Scottish Leaving Certificate Examination, 1952
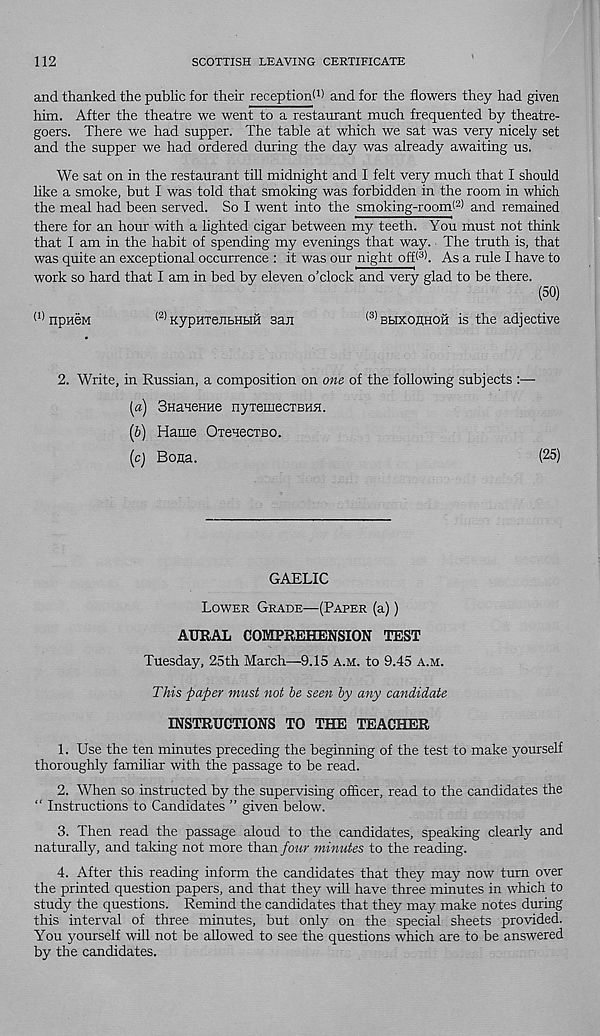
112
SCOTTISH LEAVING CERTIFICATE
and thanked the public for their reception! 1 ) and for the flowers they had given
him. After the theatre we went to a restaurant much frequented by theatre-
goers. There we had supper. The table at which we sat was very nicely set
and the supper we had ordered during the day was already awaiting us.
We sat on in the restaurant till midnight and I felt very much that I should
like a smoke, but I was told that smoking was forbidden in the room in which
the meal had been served. So I went into the smoking-room! 2 ) and remained
there for an hour with a lighted cigar between my teeth. You must not think
that I am in the habit of spending my evenings that way. The truth is, that
was quite an exceptional occurrence : it was our night off! 3 ). As a rule I have to
work so hard that I am in bed by eleven o’clock and very glad to be there.
(50)
(1) npHeM
(2) KypHTeHt)HHH San
< 3) bhxohhoh is the adjective
2. Write, in Russian, a composition on one of the following subjects
(а) SHaueHne nyTemecTBHH.
(б) Hame OteHecTBO.
[c) Bona.
( 25 )
GAELIC
Lower Grade—(Paper (a))
AURAL COMPREHENSION TEST
Tuesday, 25th March—9.15 a.m. to 9.45 a.m.
This paper must not he seen by any candidate
INSTRUCTIONS TO THE TEACHER
1. Use the ten minutes preceding the beginning of the test to make yourself
thoroughly familiar with the passage to be read.
2. When so instructed by the supervising officer, read to the candidates the
“ Instructions to Candidates ” given below.
3. Then read the passage aloud to the candidates, speaking clearly and
naturally, and talcing not more than four minutes to the reading.
4. After this reading inform the candidates that they may now turn over
the printed question papers, and that they will have three minutes in which to
study the questions. Remind the candidates that they may make notes during
this interval of three minutes, but only on the special sheets provided.
You yourself will not be allowed to see the questions which are to be answered
by the candidates.